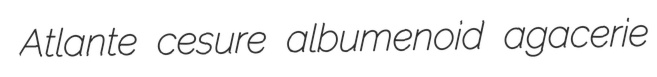
Atlante cesure albumenoid agacerie